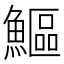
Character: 鰸